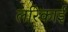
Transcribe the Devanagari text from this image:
लरिकाई